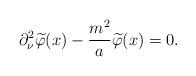
LaTeX: \begin{align*}\partial _\nu ^2 \widetilde{\varphi}(x) -\frac{m^2}{a}\widetilde{\varphi} (x)=0.\end{align*}